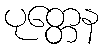
ပုတ္တေန